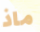
ماذ